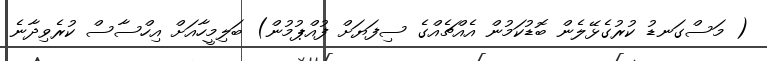
( މަސްގަނޑު ކުރުގެޅޭލެން ބޮޑުކަމުން އެއްޗެއްގެ ސިފަޔަށް ފުއްޕުމުން) ބަލިމީހާއަށް އިހްސާސް ކުރެވިދާނެ